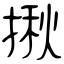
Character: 揪